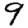
Digit: 9